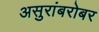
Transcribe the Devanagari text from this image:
असुरांबरोबर